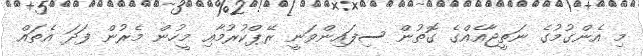
މި އެންގުމުގެ ނަތީޖާއެއްގެ ގޮތުން ސިފައިންވަނީ ރޭޕްކުރުމާއި މީހުން މެރުން ފަދަ އެތައް